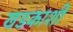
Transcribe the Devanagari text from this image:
खडकाशी